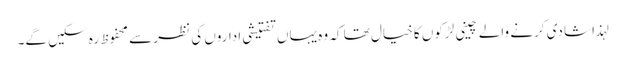
لہذا شادی کرنے والے چینی لڑکوں کا خیال تھا کہ وہ یہاں تفتیشی اداروں کی نظر سے محفوظ رہ سکیں گے۔